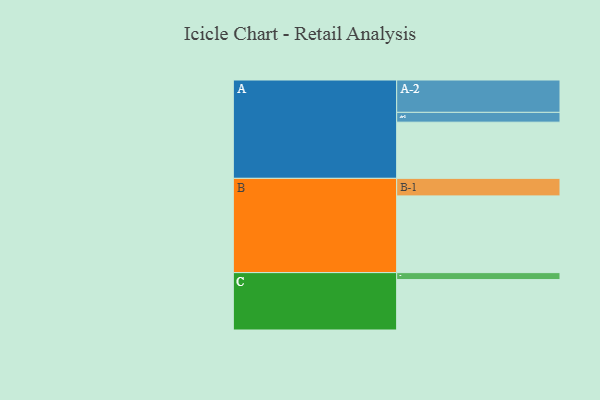
{"axis": {"x": "Segment", "y": "Value"}, "legend": ["", "A", "B", "C"], "data": [{"x": "A", "y": 429, "type": ""}, {"x": "B", "y": 586, "type": ""}, {"x": "C", "y": 385, "type": ""}, {"x": "A-1", "y": 75, "type": "A"}, {"x": "A-2", "y": 247, "type": "A"}, {"x": "B-1", "y": 134, "type": "B"}, {"x": "C-1", "y": 53, "type": "C"}]}